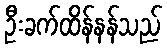
ဦးခက်ထိန်နန်သည်